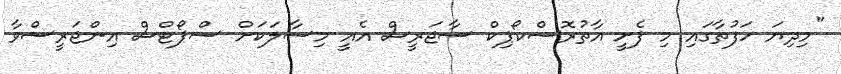
"މިދިޔަ ހަފުތާގައި މި ފެށީ އާތުރޮސްކޯޕިކް ސާޖަރީސް އެއީ މިސާލަކަށް ސްޕޯޓްސް އިންޖަރީސްވާ